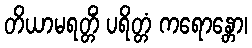
တိယာမရတ္တိံ ပရိတ္တံ ကရောန္တော၊